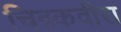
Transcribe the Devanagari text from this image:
चिक्कवीरा